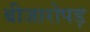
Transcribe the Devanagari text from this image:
बीजारोपड़